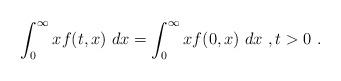
LaTeX: \begin{align*}\int_0^\infty x f(t,x)\ dx = \int_0^\infty x f(0,x)\ dx\ , t>0\ . \end{align*}